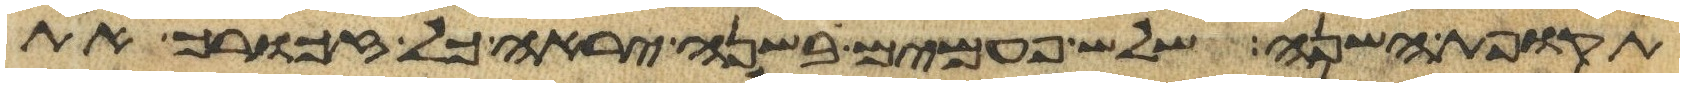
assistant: תקופת השנה שלש פעמים בשנה יראה כל זכורך את